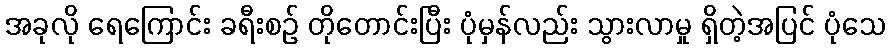
အခုလို ရေကြောင်း ခရီးစဉ် တိုတောင်းပြီး ပုံမှန်လည်း သွားလာမှု ရှိတဲ့အပြင် ပုံသေ